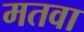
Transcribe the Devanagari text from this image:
मतवा